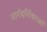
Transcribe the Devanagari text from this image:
मार्गदर्शिकाओं